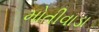
મોતીવાડા